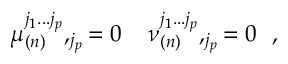
\mu _ { ( n ) } ^ { j _ { 1 } . . . j _ { p } } , _ { j _ { p } } = 0 \, \, \, \, \, \, \, \nu _ { ( n ) } ^ { j _ { 1 } . . . j _ { p } } , _ { j _ { p } } = 0 \, \, \, \, ,